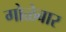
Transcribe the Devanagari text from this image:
गोळेबार